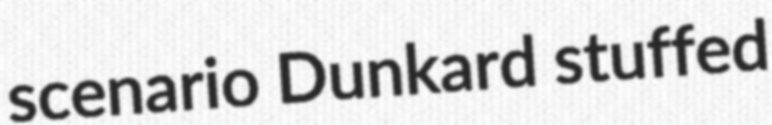
scenario Dunkard stuffed